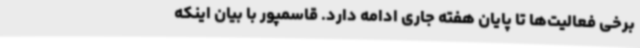
برخی فعالیت‌ها تا پایان هفته جاری ادامه دارد. قاسمپور با بیان اینکه